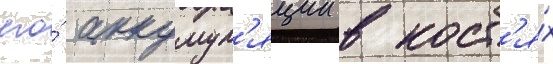
его́ аккумул'яции в кост'я́х